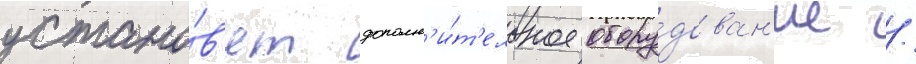
устано́в'ят дополн'и́т'ельное обору́дован'ие /